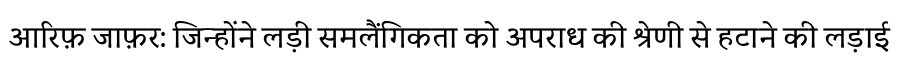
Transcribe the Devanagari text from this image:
आरिफ़ जाफ़र: जिन्होंने लड़ी समलैंगिकता को अपराध की श्रेणी से हटाने की लड़ाई